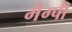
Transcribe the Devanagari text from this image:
मैग्पी